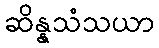
ဆိန္နသံသယာ